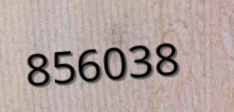
856038